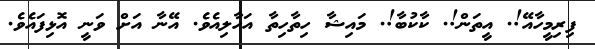
ފިރިމީހާއޭ!. އީތަން!. ކާކުބާ!. މައިޝާ ހިތާހިތާ އަހާލިއެވެ. އޭނާ އަށް ވަނީ އޮޅިފައެވެ.